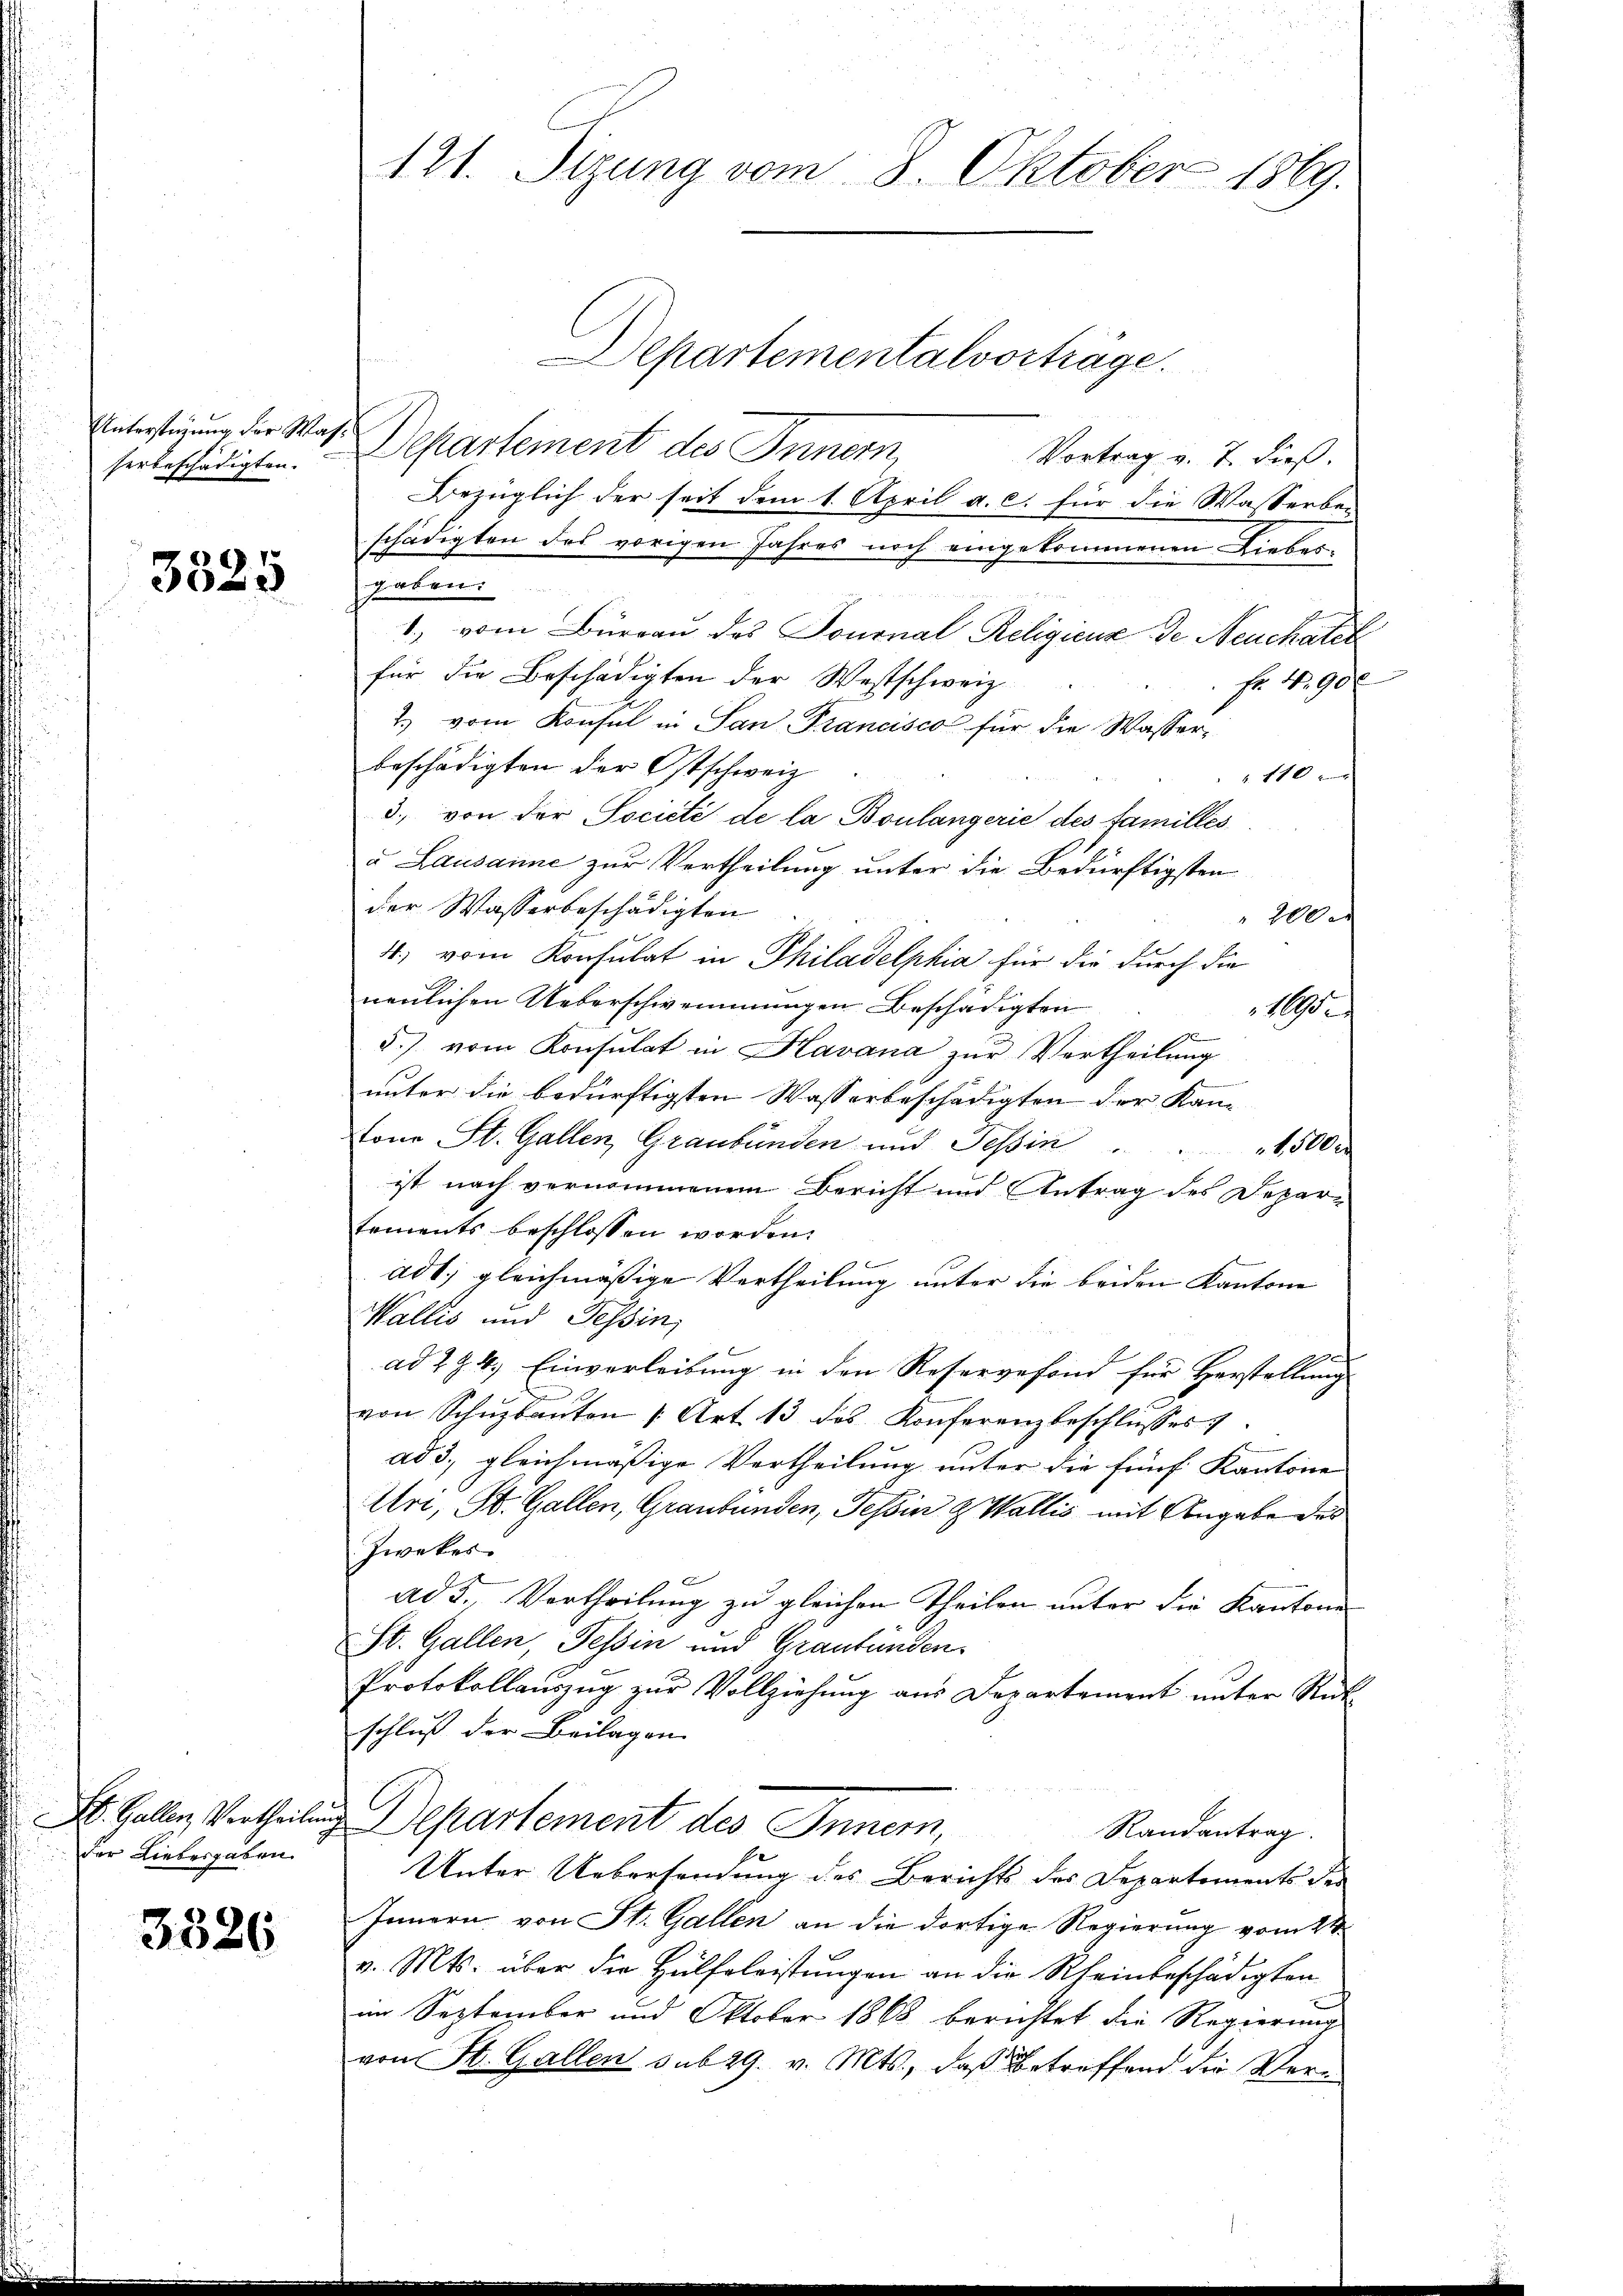
Unterstüzung der Washerbeschädigten.

3325

St. Gallen, Vertheilen
x
der Liebergaben.

3326

121. Sizung vom 8. Oktober 1869.

Departementalvorträge.
Departement des Innern
Vortrag v. 7. dieß.
Bezüglich der seit dem 1. April a. c. für die Wasserbe-
schädigten des vorigen Jahres noch eingekommenen Liebesgaben.
1., vom Büreau des Journal Religienz de Neuchatel
für die Beschädigten der Westschweiz
 Fr. 4. 900
7.) vom Konsul in San-Francisco für die Wasserbeschädigten der Ostschweiz
110
3. von der Societé de la Boulangerie des Familles
u Lausamme zur Vertheilung unter die Bedürftigsten
der Wasserbeschädigten
100
4., vom Konsulat in Philadelphia für die durch die
neulichen Ueberschwemmungen Beschädigten
1
1
5.) vom Konsulat in Havana zur Vertheilung
unter die bedürftigsten Wasserbeschädigten der Kan-
tono St. Gallen, Graubünden und Tessin . . 1500
ist nach vernommenem Bericht und Antrag des Depar-
tements beschlossen worden.

adt; gleichmäßige Vertheilung unter die beiden Kantone
Wallis und Tessin,
1
ad 294. Einverleibung in den Reservefond für Herstellung
von Schŭbaŭten |: Art. 13 des Konferenzbeschlŭsses
ad 3., gleichmäßige Vertheilung unter die fünf Kantone
Uri, St. Gallen, Graubünden, Tessin & Wallis mit Angabe des
Zwekes
ad 5., Vertheilung zu gleichen Theilen unter die Kantone
St. Gallen, Tessin und Graubünden
Protokollauszug zur Vollziehung aus Departement unter Rük
schluß der Beilagen
C
Departement des Innern,
Randantrag
Unter Uebersendung des Berichts des Departements der
Innern von St. Gallen an die dortige Regierung vom 2ten
v. Mts. über die Hülfsleistungen an die Rheinbeschädigten
im September und Oktober 1868 berichtet die Regierung
von St. Gallen sub 29. v. Mts., daß betreffend die Ver¬